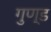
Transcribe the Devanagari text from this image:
गुण्ड